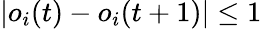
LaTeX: |o_{i}(t)-o_{i}(t+1)|\leq 1